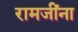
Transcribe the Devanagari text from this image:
रामजींना